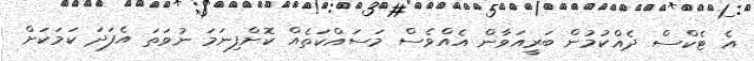
އެ ޓެކްސް ދެއްކުމުން ބަރީއަވާން އެއްވެސް މަސައްކަތެއް ކޮށްފިނަަމަ ނުވަތަ އެފަދަ ކަމަަކަށް